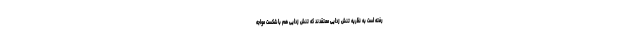
رفته است به نظریه تنش زدایی معتقدند که تنش زدایی هم با شکست مواجه